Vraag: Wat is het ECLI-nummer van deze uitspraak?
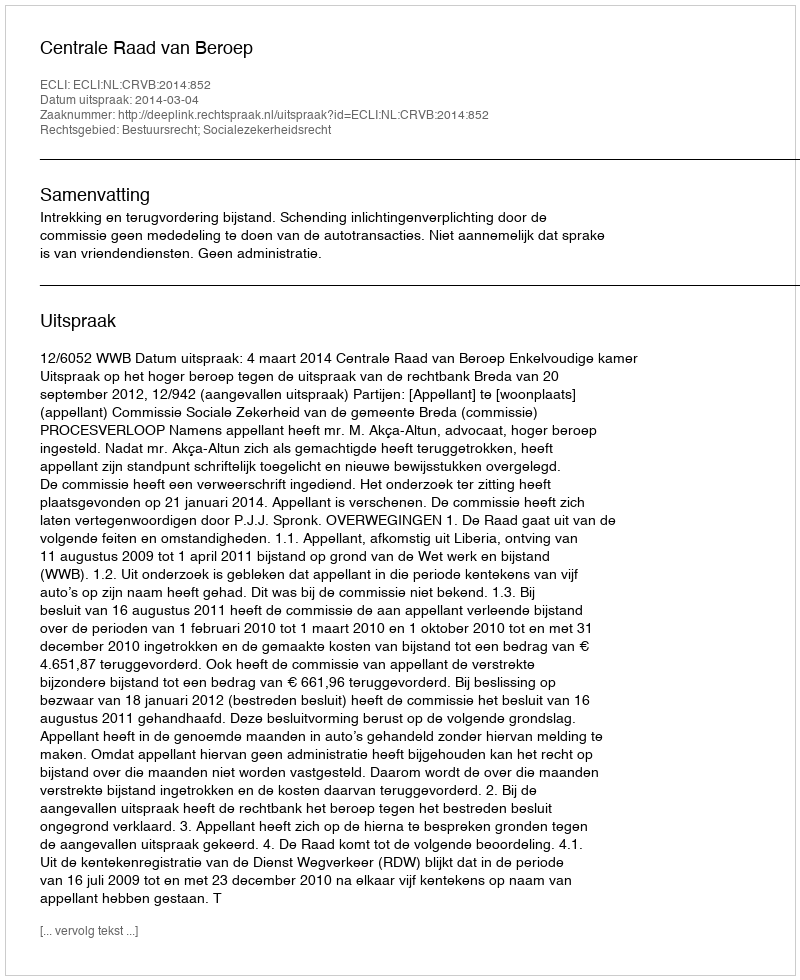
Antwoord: ECLI:NL:CRVB:2014:852